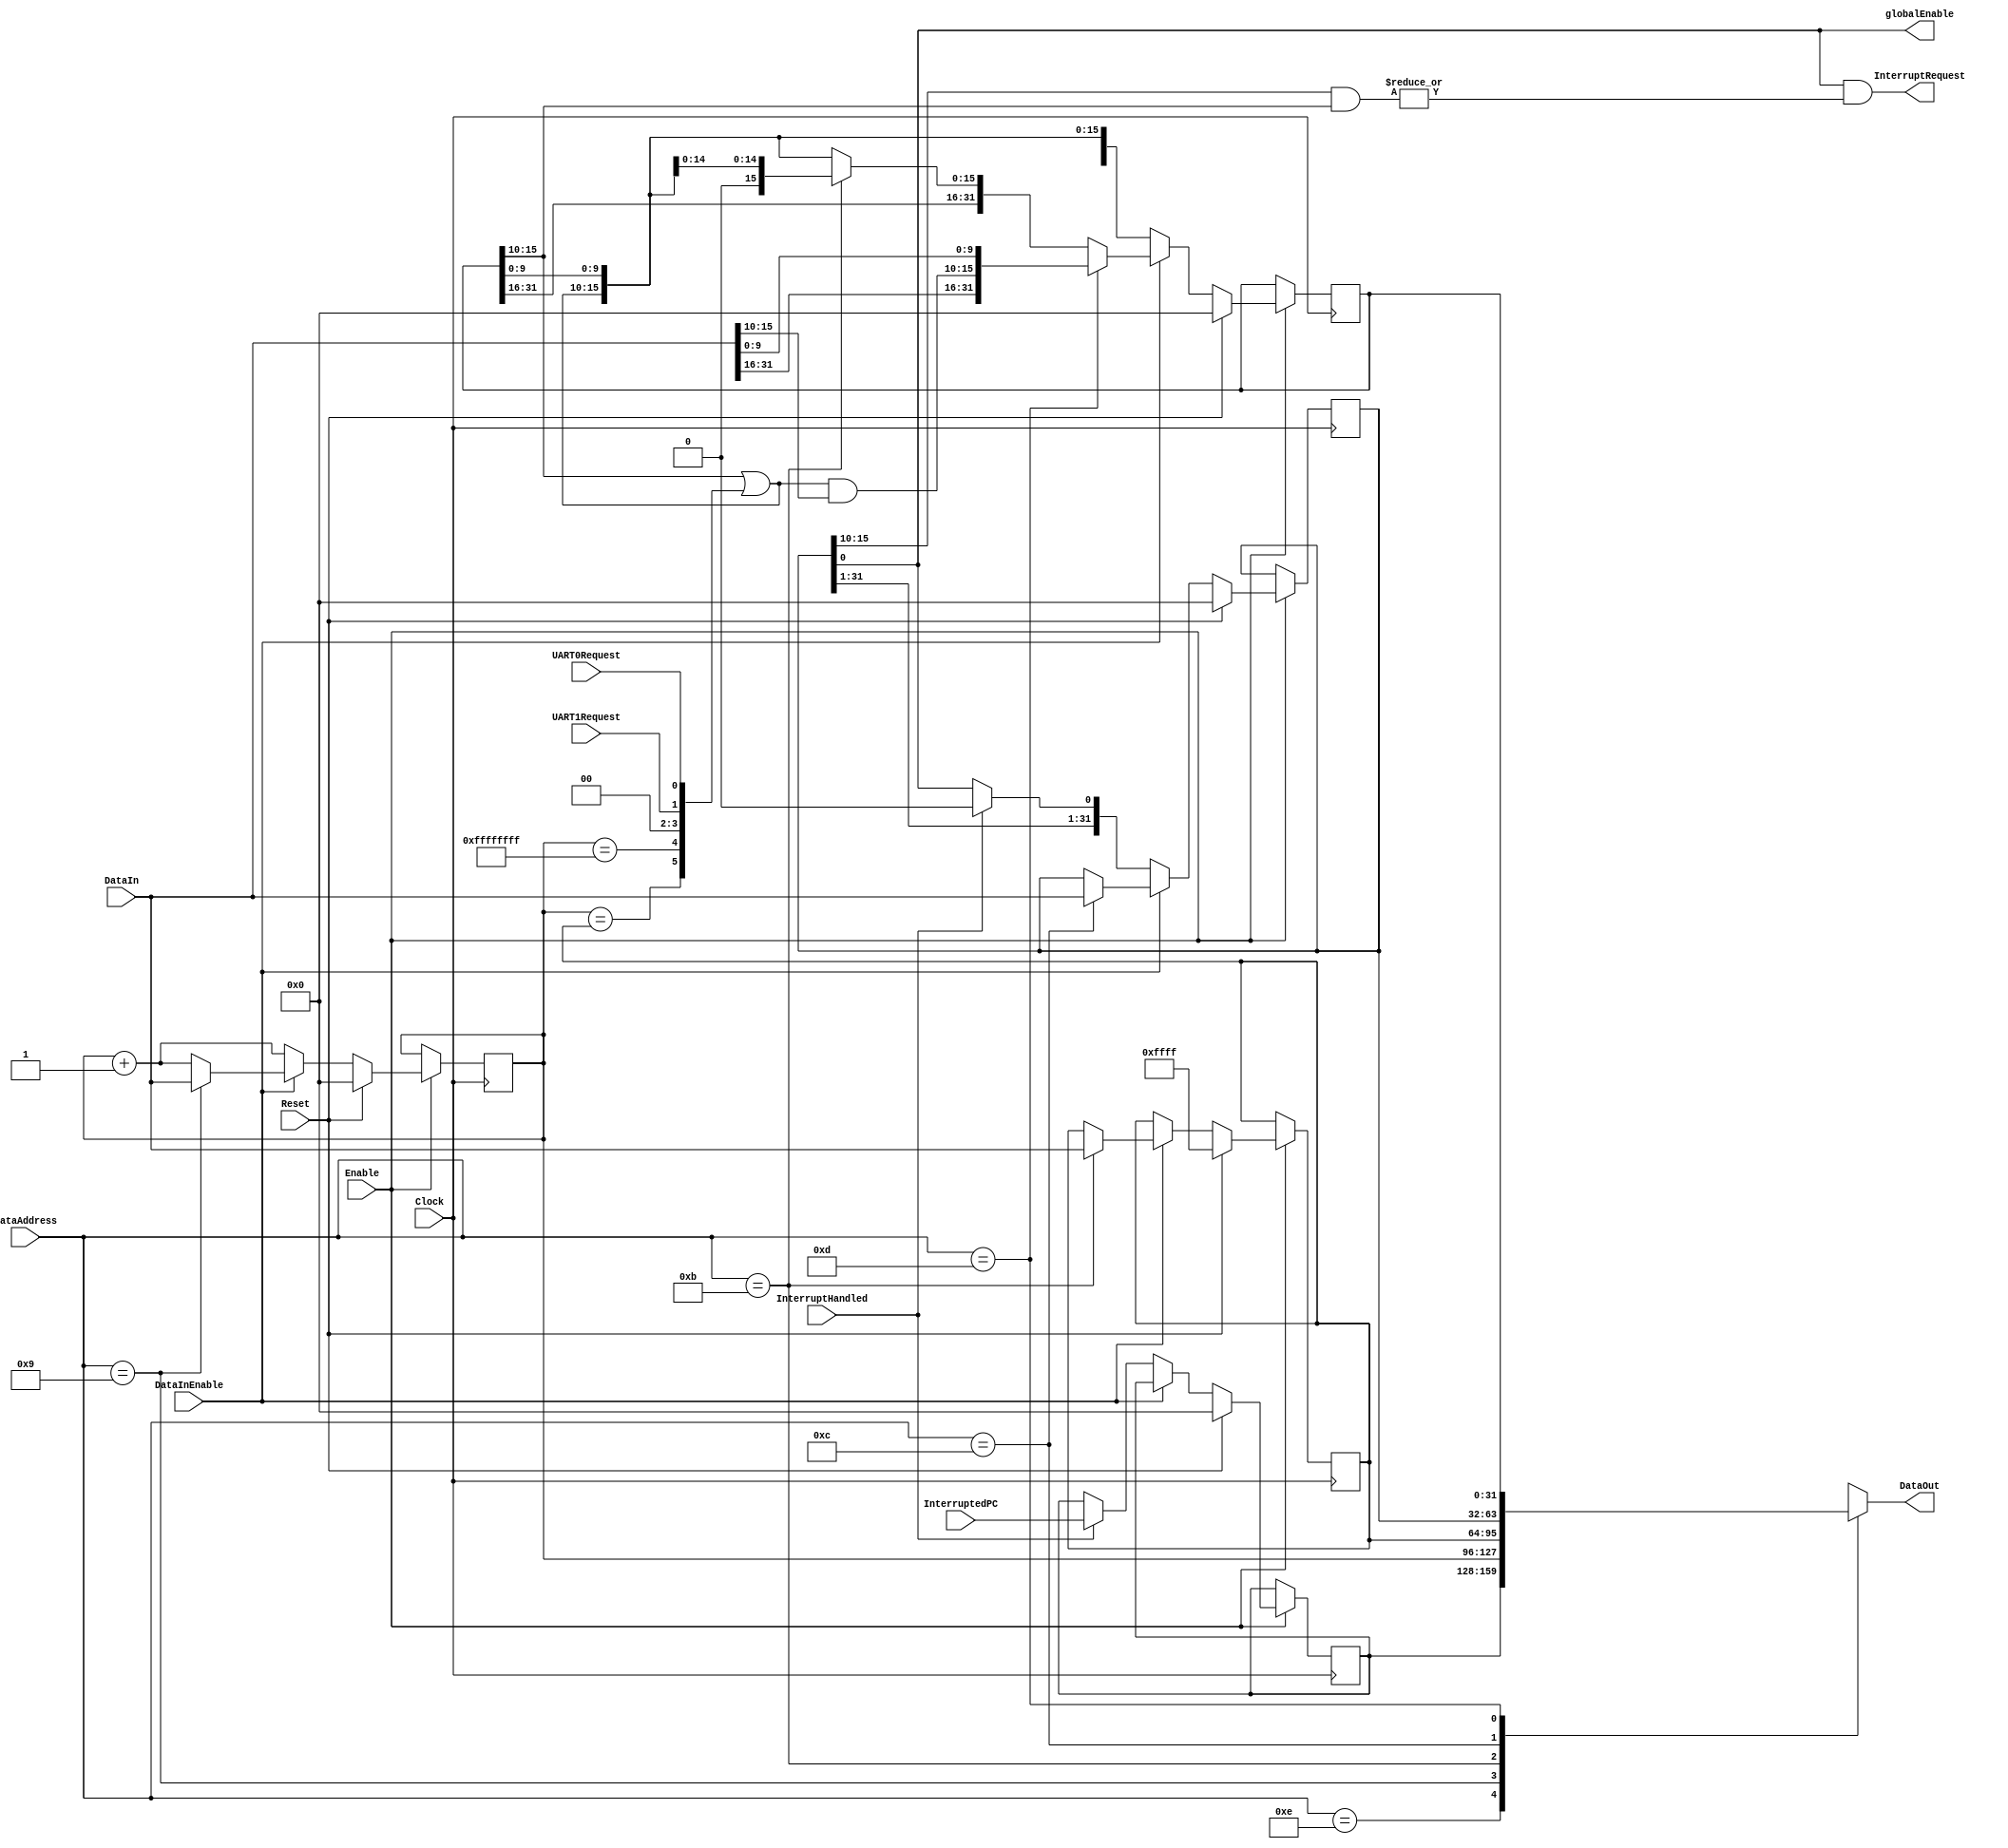
module COP0150(
    Clock,
    Enable,
    Reset,

    DataAddress,
    DataOut,
    DataInEnable,
    DataIn,

    InterruptedPC,
    InterruptHandled,
    InterruptRequest,

    UART0Request,
    UART1Request,
    globalEnable
);

input                           Clock;
input                           Enable;
input                           Reset;

input       [4:0]               DataAddress;
output      [31:0]              DataOut;
input                           DataInEnable;
input       [31:0]              DataIn;

input       [31:0]              InterruptedPC;
input                           InterruptHandled;
output                          InterruptRequest;
   output 			globalEnable;
   

input                           UART0Request;
input                           UART1Request;


wire                            firetimer;
wire        [5:0]               interrupts;


reg         [31:0]              dataout;

reg         [31:0]              epc;
reg         [31:0]              count;
reg         [31:0]              compare;
reg         [31:0]              status;
reg         [31:0]              cause;

wire        [5:0]               ip;
wire        [5:0]               im;
wire                            ie;

wire        [5:0]               next_ip;


   

assign DataOut          = dataout;
assign InterruptRequest = ie & |(im & ip);

assign firetimer        = (count == compare);
assign firertc          = (count == 32'hFFFF_FFFF);
assign interrupts       = {firetimer, firertc, 2'b00, UART1Request, UART0Request};

assign ip               = cause[15:10];
assign im               = status[15:10];
assign ie               = status[0];
assign globalEnable = ie;

assign next_ip          = ip | interrupts;

always@(*) begin
    case(DataAddress)
        5'hE:       dataout <= epc;
        5'h9:       dataout <= count;
        5'hB:       dataout <= compare;
        5'hC:       dataout <= status;
        5'hD:       dataout <= cause;
        default:    dataout <= 32'bx;
    endcase
end

always@(posedge Clock) begin
    if(Enable) begin
        if(Reset) begin
            epc     <= 32'b0;
            count   <= 32'b0;
            compare <= 32'hFFFF;
            status  <= 32'b0;
            cause   <= 32'b0;
        end else begin
            if(DataInEnable) begin
                epc     <= epc;
                count   <= DataAddress == 5'h9 ? DataIn : count + 1;
                compare <= DataAddress == 5'hB ? DataIn : compare;
                status  <= DataAddress == 5'hC ? DataIn : status;
                cause   <= DataAddress == 5'hD ? {DataIn[31:16], next_ip & DataIn[15:10], DataIn[9:0]}
                         : DataAddress == 5'hB ? {cause[31:16], 1'b0, next_ip[4:0], cause[9:0]}
                         :                       {cause[31:16], next_ip, cause[9:0]};
            end else if(InterruptHandled) begin
                epc     <= InterruptedPC;
                count   <= count + 1;
                compare <= compare;
                status  <= {status[31:1], 1'b0};
                cause   <= {cause[31:16], next_ip, cause[9:0]};
            end else begin
                epc     <= epc;
                count   <= count + 1;
                compare <= compare;
                status  <= status;
                cause   <= {cause[31:16], next_ip, cause[9:0]};
            end
        end
    end
end

endmodule